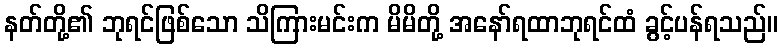
နတ်တို့၏ ဘုရင်ဖြစ်သော သိကြားမင်းက မိမိတို့ အနော်ရထာဘုရင်ထံ ခွင့်ပန်ရသည်။